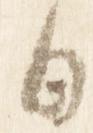
日